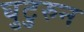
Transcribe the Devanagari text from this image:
घुटुरुन